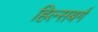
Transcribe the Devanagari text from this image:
हिल्सबर्ग